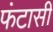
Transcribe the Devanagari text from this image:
फंटासी